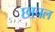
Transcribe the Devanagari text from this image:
छाचल